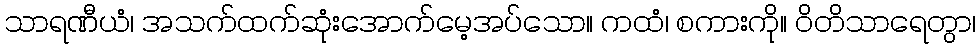
သာရဏီယံ၊ အသက်ထက်ဆုံးအောက်မေ့အပ်သော။ ကထံ၊ စကားကို။ ဝိတိသာရေတွာ၊